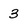
Character: 3